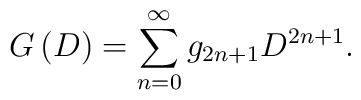
G\left( D\right) =\sum\limits_{n=0}^{\infty }g_{2n+1}D^{2n+1} .